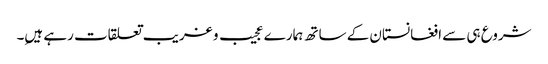
شروع ہی سے افغانستان کے ساتھ ہمارے عجیب و غریب تعلقات رہے ہیںِ۔